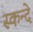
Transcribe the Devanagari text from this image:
स्कन्दे